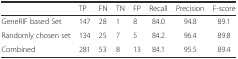
<table><thead><tr><td></td><td><b>TP</b></td><td><b>FN</b></td><td><b>TN</b></td><td><b>FP</b></td><td><b>Recall</b></td><td><b>Precision</b></td><td><b>F-score</b></td></tr></thead><tbody><tr><td>GeneRIF based Set</td><td>147</td><td>28</td><td>1</td><td>8</td><td>84.0</td><td>94.8</td><td>89.1</td></tr><tr><td>Randomly chosen set</td><td>134</td><td>25</td><td>7</td><td>5</td><td>84.2</td><td>96.4</td><td>89.8</td></tr><tr><td>Combined</td><td>281</td><td>53</td><td>8</td><td>13</td><td>84.1</td><td>95.5</td><td>89.4</td></tr></tbody></table>